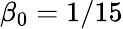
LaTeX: \beta_{0}=1/15